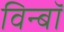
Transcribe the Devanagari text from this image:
विन्बॉ